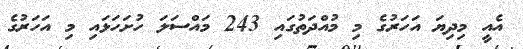
އެއީ މިދިޔަ އަހަރުގެ މި މުއްދަތުގައި 243 މައްސަލަ ހުށަހަޅައި މި އަހަރުގެ